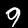
Label: 9